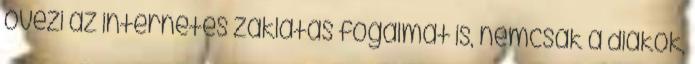
övezi az internetes zaklatás fogalmát is, nemcsak a diákok,